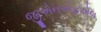
જીએનએફએલ